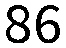
86